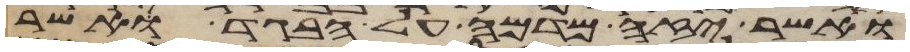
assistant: ואשר יזה מדמה על הבגד אשר